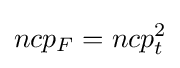
ncp_{F}=ncp_{t}^{2}